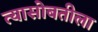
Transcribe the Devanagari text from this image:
त्यासोबतीला